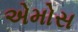
એમોસ